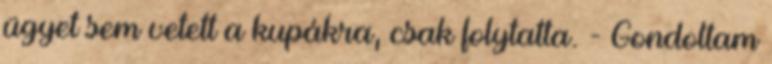
ügyet sem vetett a kupákra, csak folytatta. - Gondoltam